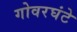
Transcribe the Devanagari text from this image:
गोवरघंटे